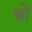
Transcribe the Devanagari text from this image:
थों